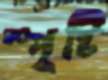
স্পৃষ্টি